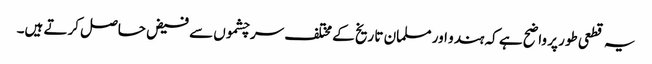
یہ قطعی طور پر واضح ہے کہ ہندو اور مسلمان تا ریخ کے مختلف سر چشموں سے فیض حاصل کرتے ہیں۔